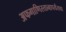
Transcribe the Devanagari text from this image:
अफगाणिस्तानापर्यंतचा